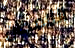
اللامكان